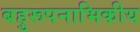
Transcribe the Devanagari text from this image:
बहुरूपनाभिकीय